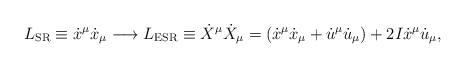
LaTeX: \begin{align*}L_{\textrm{SR}} \equiv \dot x^\mu \dot x_\mu \longrightarrow L_{\textrm{ESR}}\equiv\dot X^\mu \dot X_\mu = (\dot x^\mu \dot x_\mu + \dot u^\mu \dot u_\mu) + 2 I \dot x^\mu \dot u_\mu,\end{align*}